Vaccine operations Central Provinces 1900-1911 - 1900-1911
Year: 1900
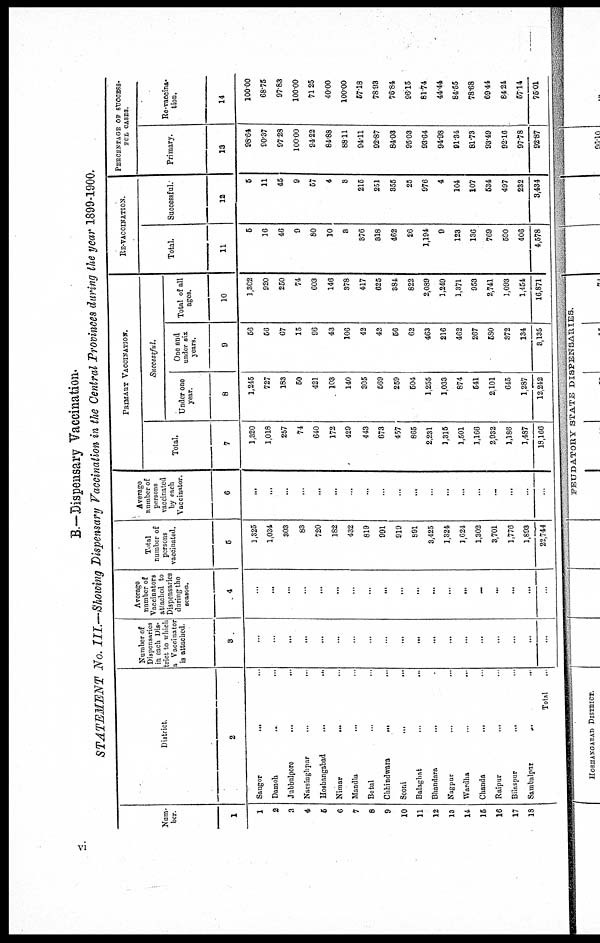
B.—Dispensary Vaccination.
STATEMENT No. III.—Showing Dispensary Vaccination in the Central Provinces during the year 1899-1900.
Num¬
ber.
1
1
2
3
4
5
6
7
8
9
10
11
12
13
14
15
16
17
18
District.
2
Saugor
... ...
Damoh
... ...
Jubbulpore
... ...
Narsinghpur ... ...
Hoshangabad
...
...
Nimar
... ...
Mandla ... ...
Betul ... ...
Chhindwara ... ...
Seom ... ...
Balaghat
...
...
Bhandara
... ...
Nagpur ... ...
Wardha ... ...
Chanda
...
Raipur ... ...
Bilaspur
... ...
Sambalpur
...
..
Total ...
Number of
Dispensaries
in each Dis-
trict to which
a Vaccinator
is attached.
3
...
...
...
...
...
...
...
...
...
...
...
...
...
...
...
...
...
...
...
Average
number of
Vaccinators
attached to
Dispensaries
during the
season.
4
...
...
...
...
...
...
...
...
...
...
...
...
...
...
...
...
...
...
...
Total
number of
persons
vaccinated.
5
1,325
1,031
303
83
720
182
432
819
991
919
891
3,425
1,324
1,624
1,302
3,701
1,776
1,893
22,744
Average
number of
persons
vaccinated
by each
Vaccinator.
6
...
...
...
...
...
...
...
...
...
...
...
...
...
...
...
...
...
...
...
PRIMARY VACCINATION.
Total.
7
1,320
1,018
257
74
640
172
429
443
673
457
865
2,231
1,315
1,501
1,166
2,932
1,188
1,487
18,166
Successful.
Under one
year.
8
1,245
727
183
50
421
103
140
305
569
259
504
1,255
1,033
874
641
2,101
645
1,287
12,242
One and
under six
years.
9
56
56
67
15
96
43
106
42
42
56
62
463
216
462
267
580
372
134
3,135
Total of all
ages.
10
1,302
920
250
74
603
146
378
417
625
384
822
2,089
1,249
1,871
953
2,741
1,093
1,454
16,871
RE-VACCINATION.
Total.
11
5
16
46
9
80
10
3
376
818
462
26
1,194
9
123
136
769
690
406
4,578
Successful.
12
6
11
45
9
67
4
3
215
251
355
25
976
4
104
107
534
497
232
3,434
PERCENTAGE OF SUCCESS.
FUL CASES.
Primary.
13
98.64
90.37
97.28
100.00
94.22
84.88
88.11
94.11
92.87
84.03
95.03
93.64
94.98
91.34
81.73
93.49
92.16
97.78
92.87
Re-vaccina-
tion.
14
100.00
68.75
97.83
100.00
71.25
40.00
100.00
57.18
78.93
76.84
96.15
81.74
44.44
84.55
78.68
69.44
84.24
57.14
75.01
vi